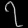
Digit: ၇